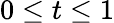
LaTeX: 0\leq t\leq 1